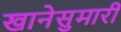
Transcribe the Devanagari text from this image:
खानेसुमारी